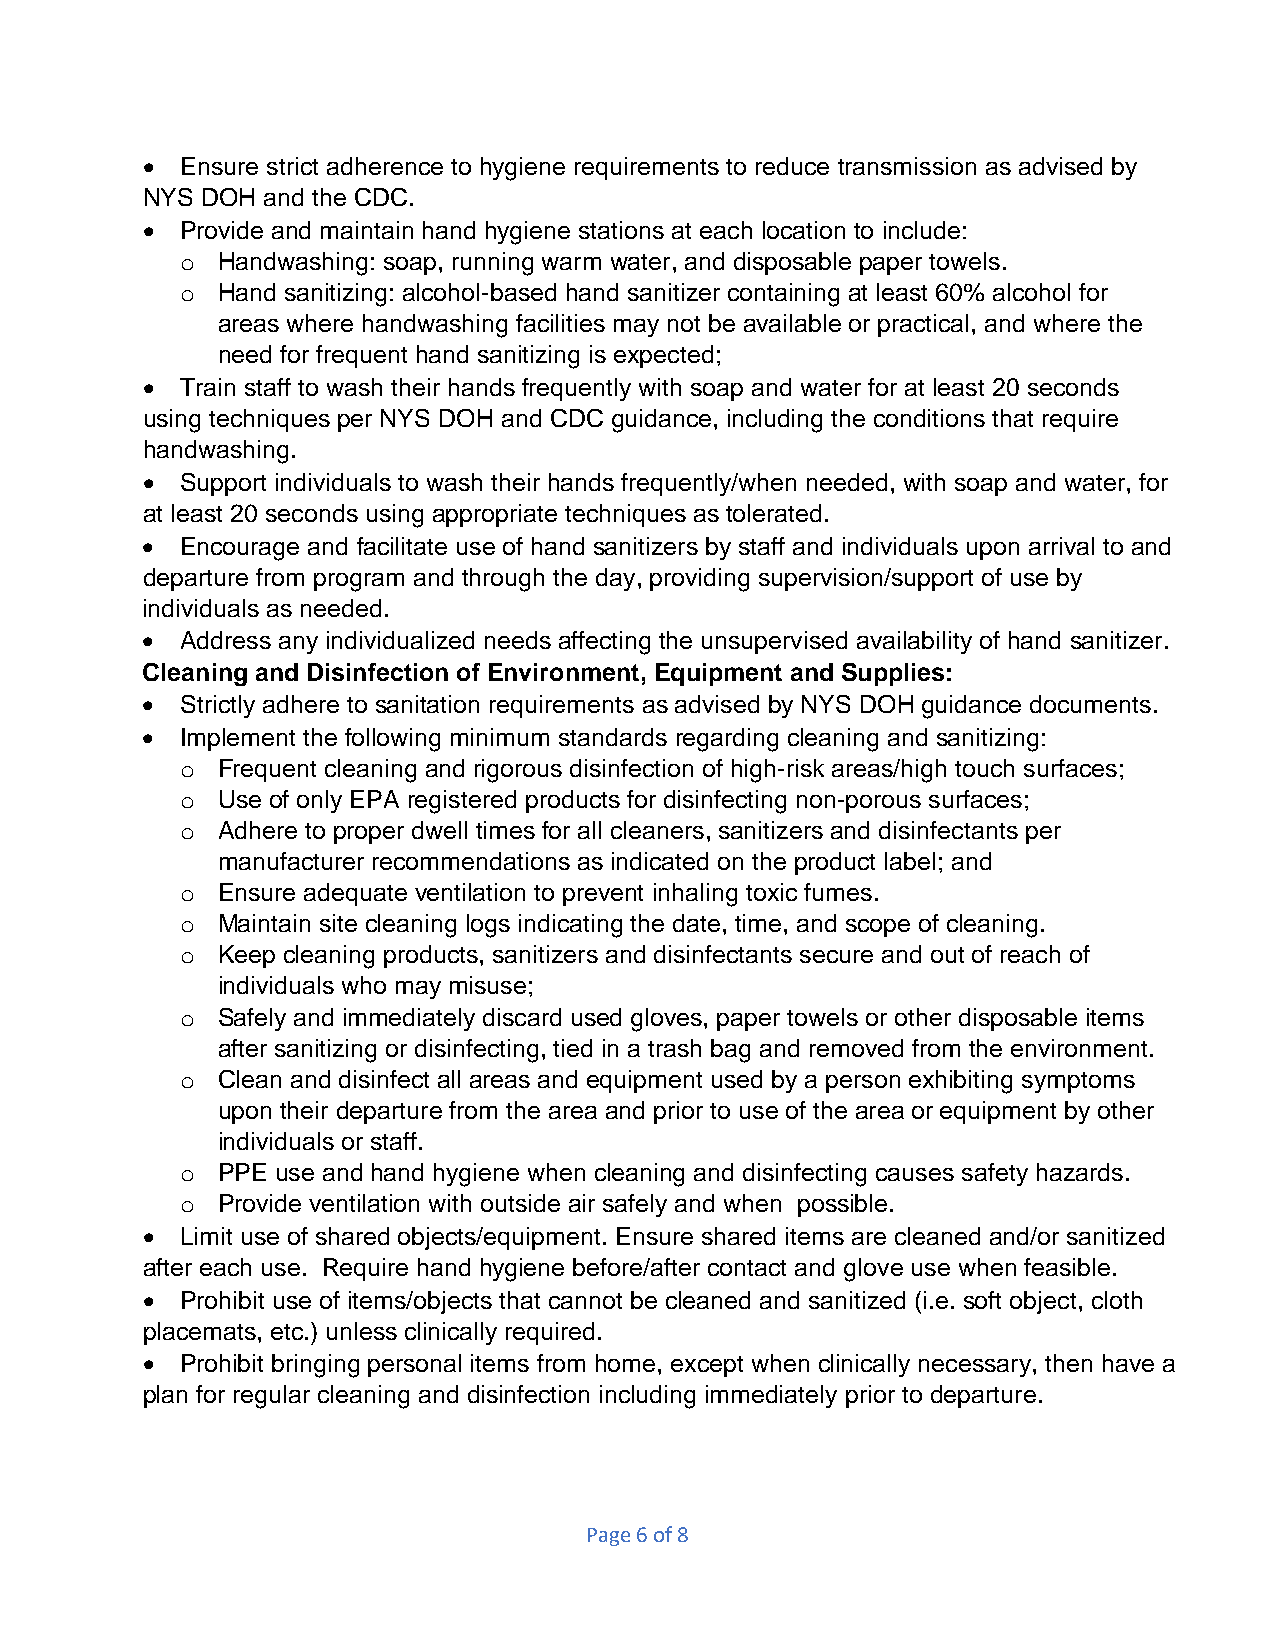
•  Ensure strict adherence to hygiene requirements to reduce transmission as advised by
 NYS DOH and the CDC.
 •  Provide and maintain hand hygiene stations at each location to include:
 o Handwashing: soap, running warm water, and disposable paper towels.
 o Hand sanitizing: alcohol-based hand sanitizer containing at least 60% alcohol for
 areas where handwashing facilities may not be available or practical, and where the
 need for frequent hand sanitizing is expected;
 •  Train staff to wash their hands frequently with soap and water for at least 20 seconds
 using techniques per NYS DOH and CDC guidance, including the conditions that require
 handwashing.
 •  Support individuals to wash their hands frequently/when needed, with soap and water, for
 at least 20 seconds using appropriate techniques as tolerated.
 •  Encourage and facilitate use of hand sanitizers by staff and individuals upon arrival to and
 departure from program and through the day, providing supervision/support of use by
 individuals as needed.
 •  Address any individualized needs affecting the unsupervised availability of hand sanitizer.
 Cleaning and Disinfection of Environment, Equipment and Supplies:
 •  Strictly adhere to sanitation requirements as advised by NYS DOH guidance documents.
 •  Implement the following minimum standards regarding cleaning and sanitizing:
 o Frequent cleaning and rigorous disinfection of high-risk areas/high touch surfaces;
 o Use of only EPA registered products for disinfecting non-porous surfaces;
 o Adhere to proper dwell times for all cleaners, sanitizers and disinfectants per
 manufacturer recommendations as indicated on the product label; and
 o Ensure adequate ventilation to prevent inhaling toxic fumes.
 o Maintain site cleaning logs indicating the date, time, and scope of cleaning.
 o Keep cleaning products, sanitizers and disinfectants secure and out of reach of
 individuals who may misuse;
 o Safely and immediately discard used gloves, paper towels or other disposable items
 after sanitizing or disinfecting, tied in a trash bag and removed from the environment.
 o Clean and disinfect all areas and equipment used by a person exhibiting symptoms
 upon their departure from the area and prior to use of the area or equipment by other
 individuals or staff.
 o PPE use and hand hygiene when cleaning and disinfecting causes safety hazards.
 o Provide ventilation with outside air safely and when possible.
 •  Limit use of shared objects/equipment. Ensure shared items are cleaned and/or sanitized
 after each use. Require hand hygiene before/after contact and glove use when feasible.
 •  Prohibit use of items/objects that cannot be cleaned and sanitized (i.e. soft object, cloth
 placemats, etc.) unless clinically required.
 •  Prohibit bringing personal items from home, except when clinically necessary, then have a
 plan for regular cleaning and disinfection including immediately prior to departure.
 Page 6 of 8